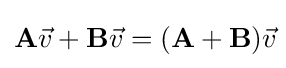
\mathbf {A} {\vec {v}}+\mathbf {B} {\vec {v}}=(\mathbf {A} +\mathbf {B} ){\vec {v}}\!